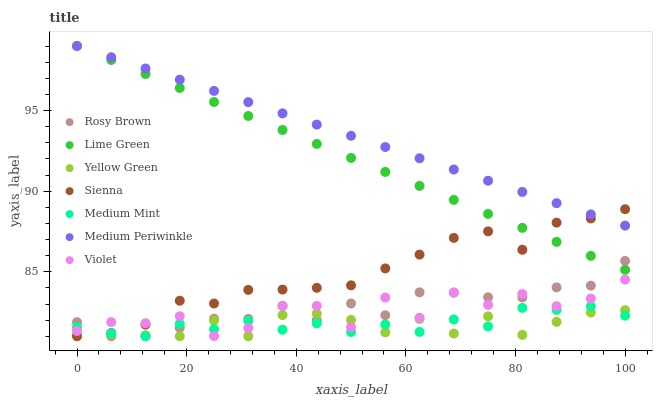
| xaxis_label | Rosy Brown | Lime Green | Yellow Green | Sienna | Medium Mint | Medium Periwinkle | Violet |
 | --- | --- | --- | --- | --- | --- | --- | --- |
 | 0 | 81.9 | 99 | 81.1 | 81 | 81.6 | 99 | 81.3 |
 | 6.25 | 81 | 98.1 | 81.1 | 81.2 | 81.2 | 98.3 | 81.9 |
 | 12.5 | 81 | 97.3 | 81.1 | 81.7 | 81 | 97.6 | 81.8 |
 | 18.8 | 81.5 | 96.4 | 81 | 83.2 | 81.8 | 96.9 | 82.2 |
 | 25 | 82.1 | 95.5 | 82 | 83 | 81.4 | 96.2 | 81 |
 | 31.2 | 82.1 | 94.7 | 81 | 83.9 | 82 | 95.5 | 81.5 |
 | 37.5 | 82.9 | 93.8 | 82.3 | 83.9 | 81.4 | 94.8 | 82.9 |
 | 43.8 | 82 | 92.9 | 82.4 | 84 | 81.8 | 94.1 | 82.9 |
 | 50 | 83 | 92.1 | 82 | 84.2 | 81.3 | 93.4 | 81.6 |
 | 56.2 | 82.3 | 91.2 | 81.2 | 85.2 | 81.7 | 92.7 | 83.4 |
 | 62.5 | 83.7 | 90.3 | 82.1 | 86.1 | 81.3 | 92 | 82.1 |
 | 68.8 | 83.7 | 89.5 | 81.2 | 87.1 | 82 | 91.3 | 83.7 |
 | 75 | 83.4 | 88.6 | 82.2 | 87.5 | 81.6 | 90.6 | 82.9 |
 | 81.2 | 83.4 | 87.7 | 81.1 | 86.4 | 82.8 | 89.9 | 83.6 |
 | 87.5 | 84 | 86.9 | 81.9 | 88 | 82.6 | 89.3 | 82.9 |
 | 93.8 | 84.1 | 86 | 82.5 | 88.3 | 82.9 | 88.6 | 83.3 |
 | 100 | 85.7 | 85.1 | 82.6 | 88.9 | 82.3 | 87.9 | 84.5 |